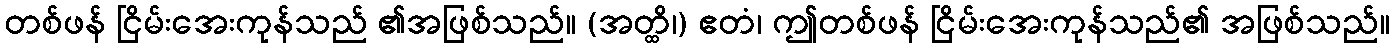
တစ်ဖန် ငြိမ်းအေးကုန်သည် ၏အဖြစ်သည်။ (အတ္ထိ၊) ဧတံ၊ ဤတစ်ဖန် ငြိမ်းအေးကုန်သည်၏ အဖြစ်သည်။